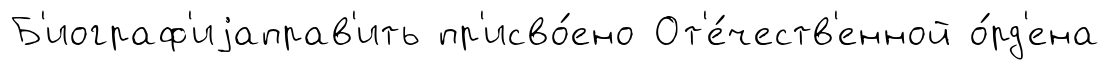
Б'иограф'иjаправ'ить пр'исво́ено От'е́честв'енной о́рд'ена